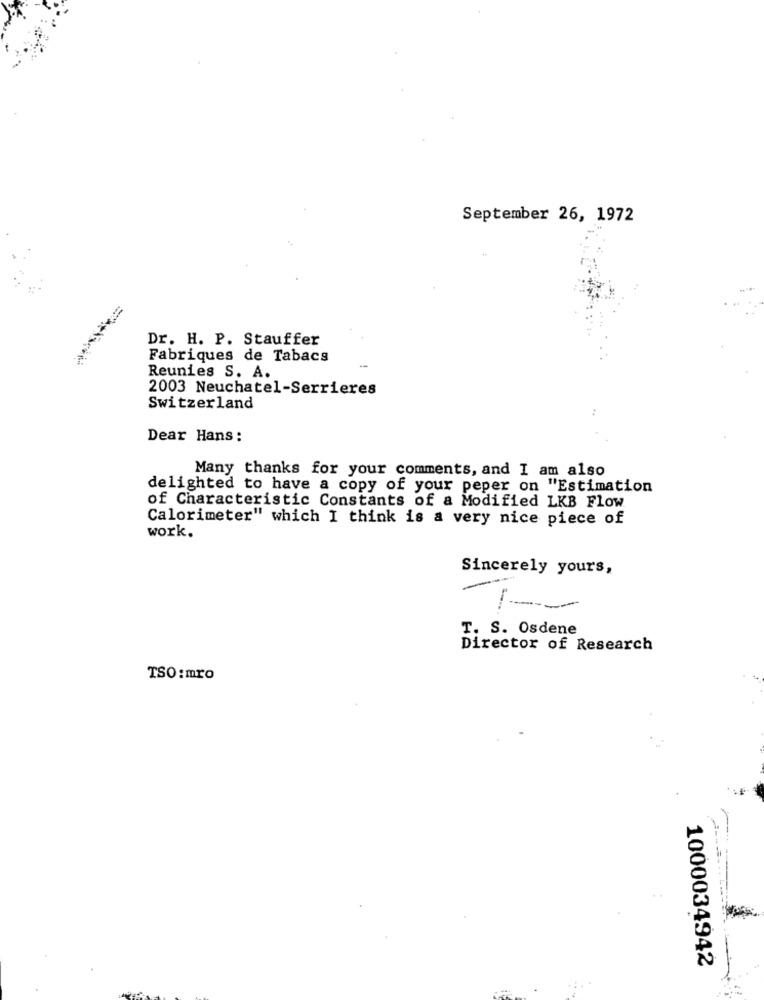
September 26, 1972
Dr. H. P. Stauffer
Fabriques de Tabacs
Reunies S. A.
2003 Neuchatel-Serrieres
Switzerland
Dear Hans:
Many thanks for your comments, and I am also
delighted to have a copy of your peper on "Estimation
of Characteristic Constants of a Modified LKB Flow
Calorimeter" which I think is a very nice piece of
work.
Sincerely yours,
T. S. Osdene
Director of Research
TSO :mro
1000034942